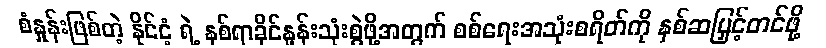
စံနှုန်းဖြစ်တဲ့ နိုင်ငံ့ ရဲ့ နှစ်ရာခိုင်နှုန်းသုံးစွဲဖို့အတွက် စစ်ရေးအသုံးစရိတ်ကို နှစ်ဆမြှင့်တင်ဖို့